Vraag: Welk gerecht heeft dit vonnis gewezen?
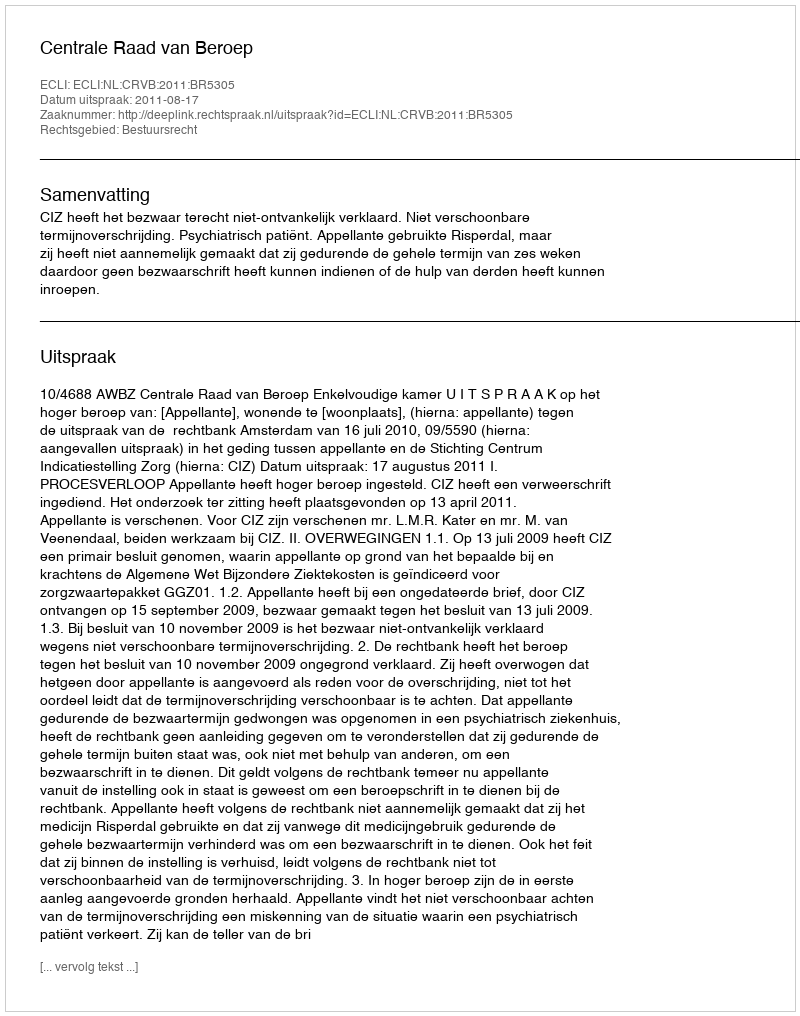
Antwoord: Centrale Raad van Beroep